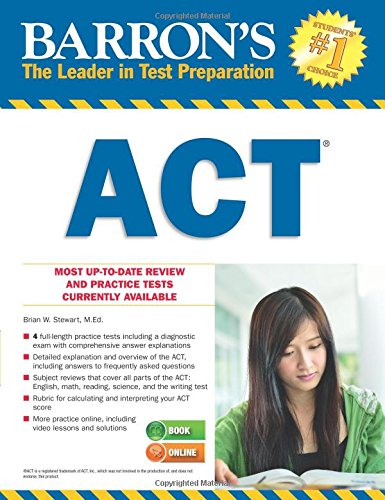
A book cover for Barron's ACT (Barron's Act (Book Only)); Brian Stewart; Test Preparation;